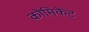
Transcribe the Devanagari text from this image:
कोमिकेट